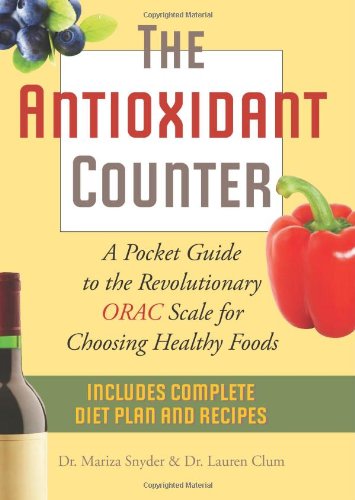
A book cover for The Antioxidant Counter: A Pocket Guide to the Revolutionary ORAC Scale for Choosing Healthy Foods; Mariza Snyder; Health, Fitness & Dieting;